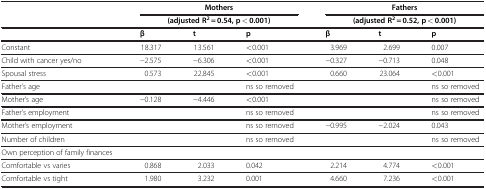
<table><thead><tr><td rowspan="2"><b> </b></td><td colspan="3"><b>Mothers</b></td><td colspan="3"><b>Fathers</b></td></tr><tr><td colspan="3"><b>(adjusted R<sup>2</sup> = 0.54, p &lt; 0.001)</b></td><td colspan="3"><b>(adjusted R<sup>2</sup> = 0.52, p &lt; 0.001)</b></td></tr></thead><tbody><tr><td> </td><td><b>β</b></td><td><b>t</b></td><td><b>p</b></td><td><b>β</b></td><td><b>t</b></td><td><b>p</b></td></tr><tr><td>Constant</td><td>18.317</td><td>13.561</td><td>&lt;0.001</td><td>3.969</td><td>2.699</td><td>0.007</td></tr><tr><td>Child with cancer yes/no</td><td>−2.575</td><td>−6.306</td><td>&lt;0.001</td><td>−0.327</td><td>−0.713</td><td>0.048</td></tr><tr><td>Spousal stress</td><td>0.573</td><td>22.845</td><td>&lt;0.001</td><td>0.660</td><td>23.064</td><td>&lt;0.001</td></tr><tr><td>Father’s age</td><td> </td><td> </td><td>ns so removed</td><td> </td><td> </td><td>ns so removed</td></tr><tr><td>Mother’s age</td><td>−0.128</td><td>−4.446</td><td>&lt;0.001</td><td> </td><td> </td><td>ns so removed</td></tr><tr><td>Father’s employment</td><td> </td><td> </td><td>ns so removed</td><td> </td><td> </td><td>ns so removed</td></tr><tr><td>Mother’s employment</td><td> </td><td> </td><td>ns so removed</td><td>−0.995</td><td>−2.024</td><td>0.043</td></tr><tr><td>Number of children</td><td> </td><td> </td><td>ns so removed</td><td> </td><td> </td><td>ns so removed</td></tr><tr><td>Own perception of family finances</td><td> </td><td> </td><td> </td><td> </td><td> </td><td> </td></tr><tr><td>Comfortable vs varies</td><td>0.868</td><td>2.033</td><td>0.042</td><td>2.214</td><td>4.774</td><td>&lt;0.001</td></tr><tr><td>Comfortable vs tight</td><td>1.980</td><td>3.232</td><td>0.001</td><td>4.660</td><td>7.236</td><td>&lt;0.001</td></tr></tbody></table>